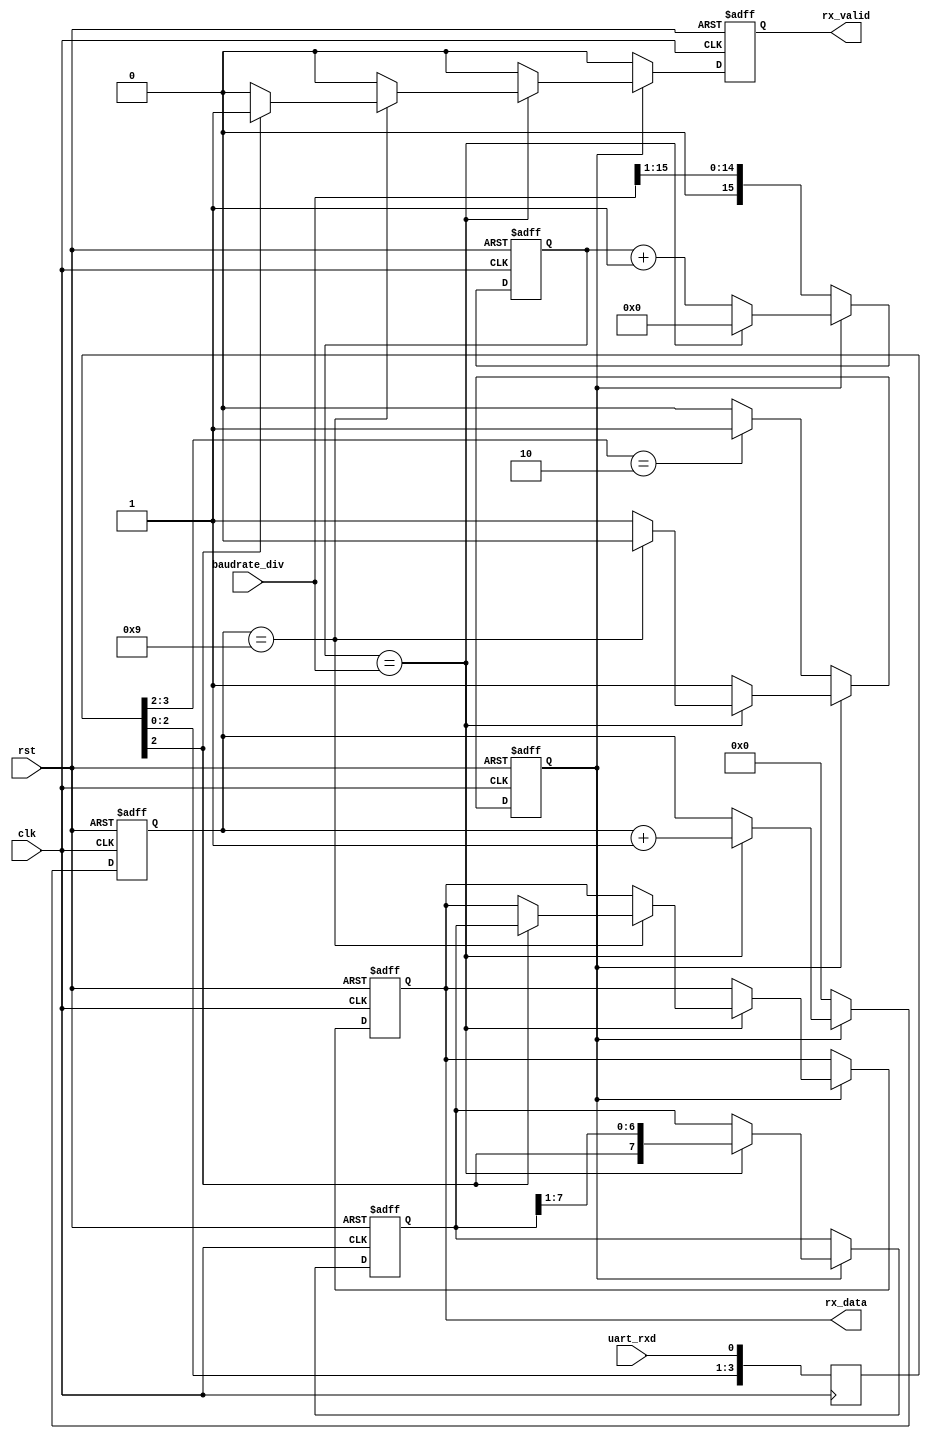
// `default_nettype none
module uart_rx(
    input  wire        clk,
    input  wire        rst,

    input  wire [15:0] baudrate_div,

    input  wire        uart_rxd,
    output reg  [7:0]  rx_data,
    output reg         rx_valid);

    // Synchronize input signal
    reg [3:0] rxd_r;
    always @(posedge clk) rxd_r <= {rxd_r[2:0], uart_rxd};
    wire rx_in = rxd_r[2];
    wire start_condition = (rxd_r[3:2] == 'b10);

    // Receive logic
    reg [15:0] clk_cnt_r;
    reg  [3:0] bit_cnt_r;
    reg  [7:0] shift_r;
    reg started_r;

    wire middle_of_bit = (clk_cnt_r == baudrate_div);

    always @(posedge clk or posedge rst) begin
        if (rst) begin
            started_r <= 0;
            rx_valid  <= 0;
            shift_r   <= 0;
            rx_data   <= 0;
            clk_cnt_r <= 0;
            bit_cnt_r <= 0;

        end else begin
            rx_valid  <= 0;
            if (middle_of_bit) begin
                clk_cnt_r <= 0;
            end else begin
                clk_cnt_r <= clk_cnt_r + 16'd1;
            end

            if (!started_r) begin
                clk_cnt_r <= {1'b0, baudrate_div[15:1]};
                bit_cnt_r <= 4'd0;

                // Wait for middle of start bit to synchronize
                if (start_condition) begin
                    started_r <= 1;
                end

            end else if (middle_of_bit) begin
                shift_r   <= {rx_in, shift_r[7:1]};
                bit_cnt_r <= bit_cnt_r + 4'd1;

                if (bit_cnt_r == 4'd9) begin
                    started_r <= 0;

                    if (rx_in) begin
                        rx_data  <= shift_r;
                        rx_valid <= 1;
                    end
                end
            end
        end
    end

endmodule